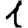
Digit: 1